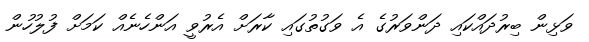
ވަޅިން ބިރުދައްކައި ދަންވަރުގެ އެ ވަގުތުގައި ކާރަށް އެރުވީ އަންހެނެއް ކަމަށް ފުލުހުން